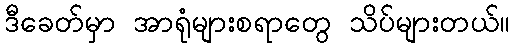
ဒီခေတ်မှာ အာရုံများစရာတွေ သိပ်များတယ်။